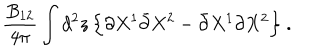
\frac { B _ { 1 2 } } { 4 \pi } \int d ^ { 2 } z \, \Bigl \{ \partial X ^ { 1 } \bar { \partial } X ^ { 2 } - \bar { \partial } X ^ { 1 } \partial X ^ { 2 } \Bigr \} \ .